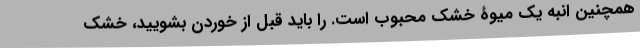
همچنین انبه یک میوۀ خشک محبوب است. را باید قبل از خوردن بشویید، خشک